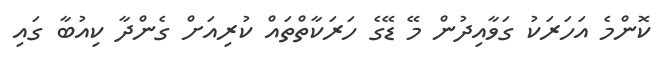
ކޮންމެ އަހަރަކު ގަވާއިދުން މޭ ޑޭގެ ހަރަކާތްތައް ކުރިއަށް ގެންދާ ކިއުބާ ގައި